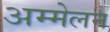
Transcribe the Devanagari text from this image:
अम्मेलन